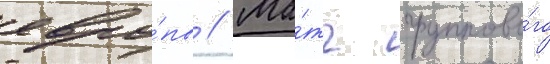
евро́пы // Ма́тч группово́го